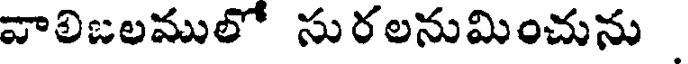
వాలిజలములో సురలనుమించును